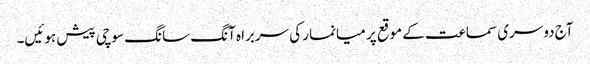
آج دوسری سماعت کے موقع پر میانمار کی سربراہ آنگ سانگ سوچی پیش ہوئیں۔